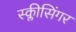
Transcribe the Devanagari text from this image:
स्क्लीसिंगर